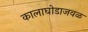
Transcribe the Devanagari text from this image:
कालाघोडाजवळ